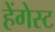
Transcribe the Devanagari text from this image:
हेंगेस्ट